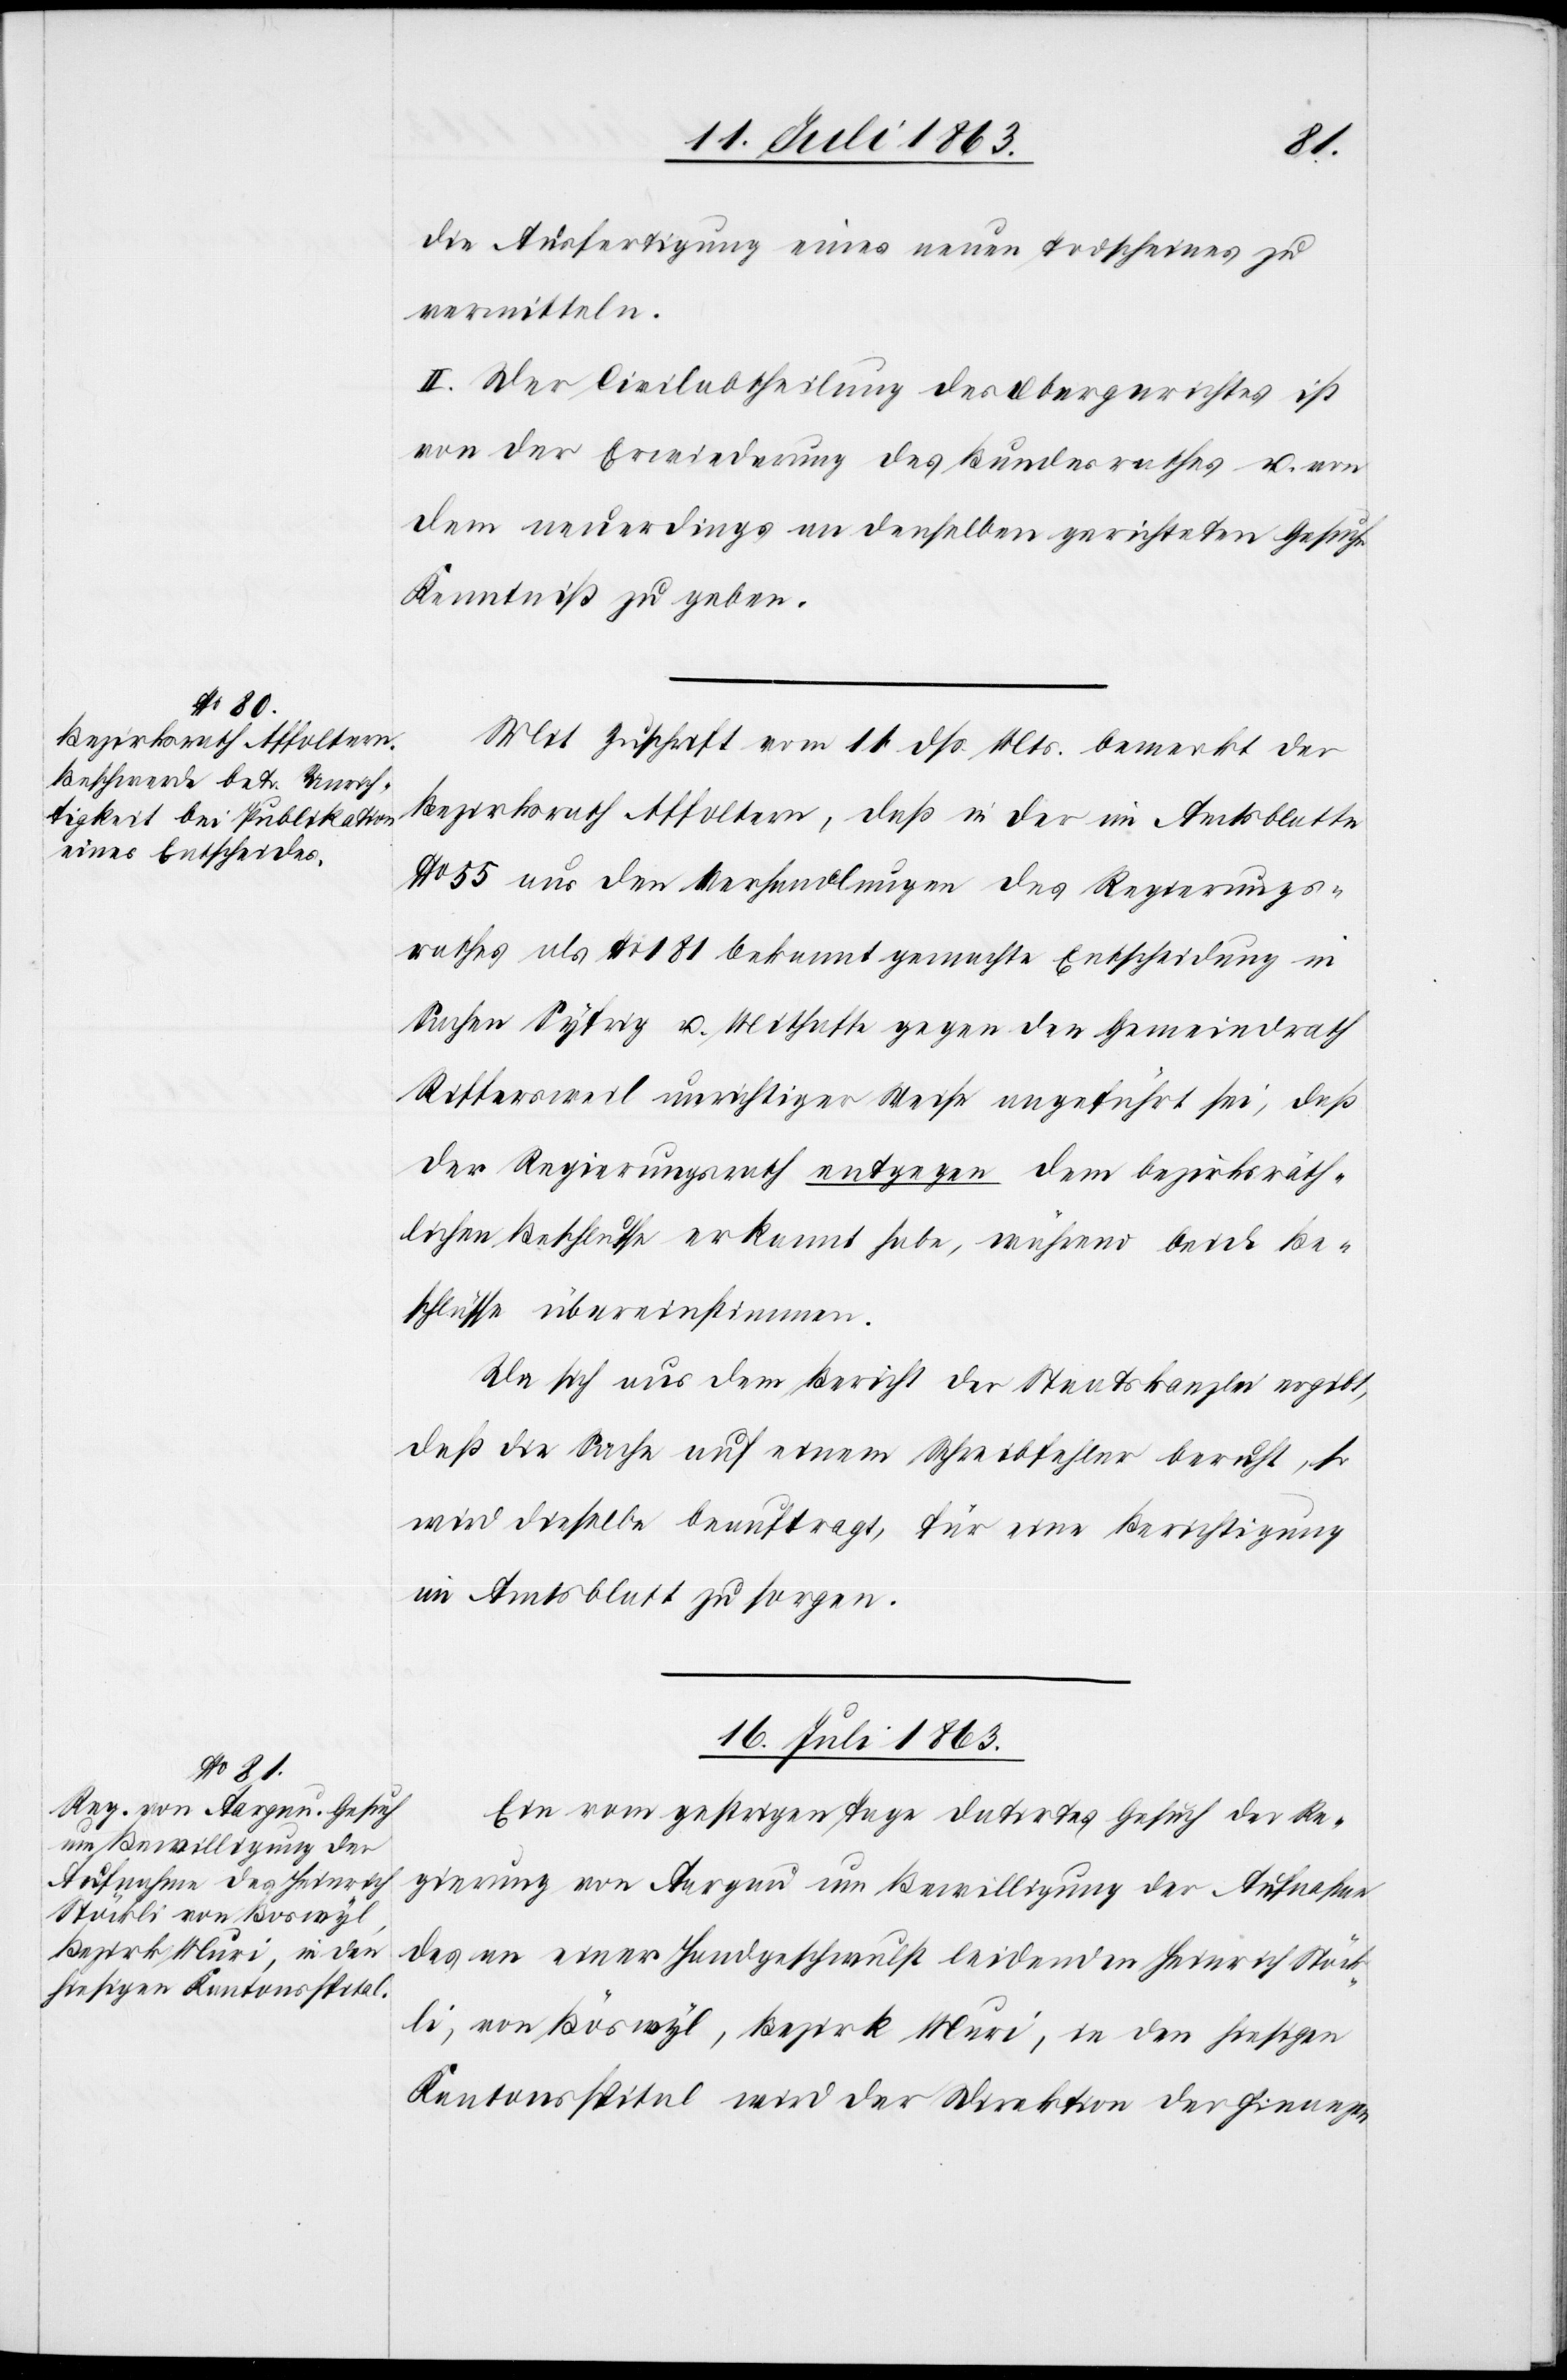
ckli, von Böswyl
Bezirk Muri, in den

die Ausfertigung eines neuen Todscheines zu
vermitteln.
II. Der Civilabtheilung des Obergerichtes ist
von der Erwiederung des Bundesrathes u. von
dem neuerdings an denselben gerichteten Gesuche
Kenntniß zu geben.
Mit Zuschrift vom 11. dß. Mts. bemerkt der
Bezirksrath Affoltern, daß in der im Amtsblatte
No 55 aus den Verhandlungen des Regierungs¬
rathes als No 181 bekannt gemachte Entscheidung in
Sachen Syfrig u. Mithafte gegen den Gemeindrath
Riffersweil unrichtiger Weise angeführt sei, daß
der Regierungsrath entgegen dem bezirksräth¬
lichen Beschlusse erkannt habe, während beide Be¬
schlüsse übereinstimmen.
Da sich aus dem Bericht der Staatskanzlei ergibt,
daß die Sache auf einem Schreibfehler beruht, so
wird dieselbe beauftragt,
für eine Berichtigung
im Amtsblatt zu sorgen.
16. Juli 1863.
Ein vom gestrigen Tage datirtes Gesuch der Re¬
gierung von Aargau um Bewilligung der Aufnahme
des an einer Handgeschwulst leidenden Heinrich Stö¬
Kantonsspital wird der Direktion der Finanzen